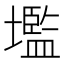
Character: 壏